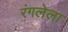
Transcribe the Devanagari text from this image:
रंगलेला